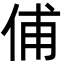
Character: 俌